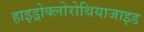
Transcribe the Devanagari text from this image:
हाइड्रोक्लोरोथियाजाइड